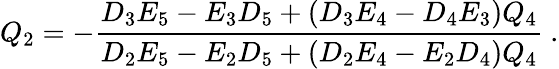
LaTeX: Q_{2}=-\frac{D_{3}E_{5}-E_{3}D_{5}+\left(D_{3}E_{4}-D_{4}E_{3}\right)Q_{4}}{D_{2}E_{5}-E_{2}D_{5}+\left(D_{2}E_{4}-E_{2}D_{4}\right)Q_{4}}\ .